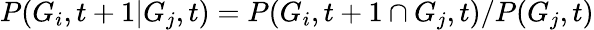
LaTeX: P(G_{i},t+1|G_{j},t)=P(G_{i},t+1\cap G_{j},t)/P(G_{j},t)